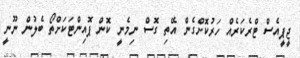
ޖީޕީއެސް ޓްރެކަރެއް ހަރުކޮށްގެން އޭތި ގޮސް ނިމެނީ ކޮން ޕޮއިންޓަކަށްތޯ ބެލުން ނޫނީ